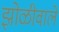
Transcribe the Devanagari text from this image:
झोळीवाले